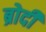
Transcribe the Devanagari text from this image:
ब्रोदी